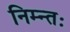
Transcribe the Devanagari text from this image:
निम्न्तः